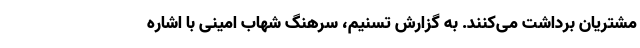
مشتریان برداشت می‌کنند. به گزارش تسنیم، سرهنگ شهاب امینی با اشاره